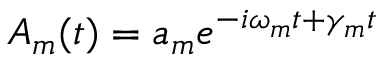
A _ { m } ( t ) = a _ { m } e ^ { - i \omega _ { m } t + \gamma _ { m } t }